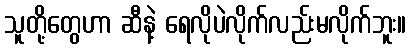
သူတို့တွေဟာ ဆီနဲ့ ရေလိုပဲလိုက်လည်းမလိုက်ဘူး။